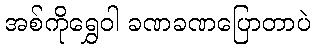
အစ်ကိုရွှေဝါ ခဏခဏပြောတာပဲ